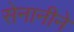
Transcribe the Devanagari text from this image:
सेनानीने